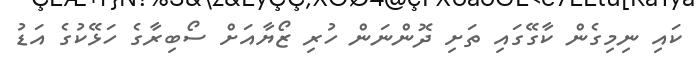
ކައި ނިމިގެން ކާގޭގައި ތަށި ދޮންނަން ހުރި ޒޯޔާއަށް ސޯބިރާގެ ހަޅޭކުގެ އަޑު